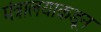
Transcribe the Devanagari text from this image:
मंत्रालयाकडून